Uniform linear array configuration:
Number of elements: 24
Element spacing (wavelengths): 0.25
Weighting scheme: kaiser
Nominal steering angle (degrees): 0
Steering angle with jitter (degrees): -1.193
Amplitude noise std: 0.05
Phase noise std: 0.05

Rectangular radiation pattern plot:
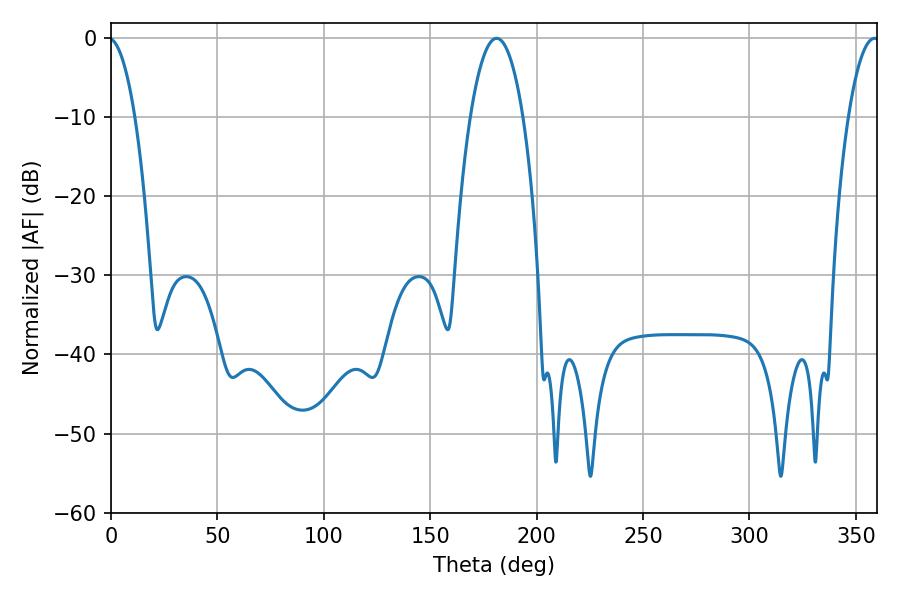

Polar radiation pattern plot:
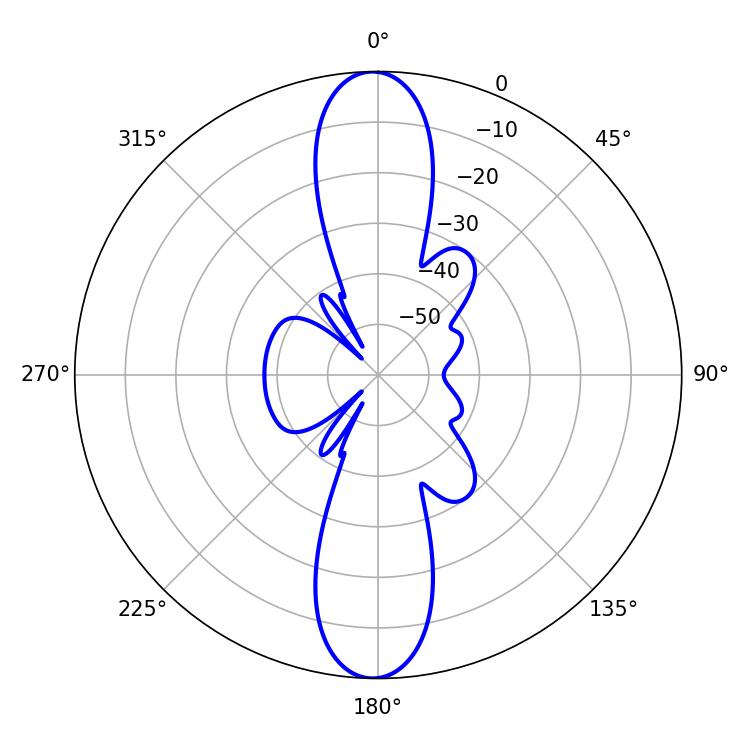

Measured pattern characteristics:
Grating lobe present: FALSE
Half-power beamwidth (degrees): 13.86
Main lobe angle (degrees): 181.26